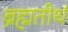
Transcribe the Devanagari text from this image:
ब्रह्मतीर्थ